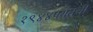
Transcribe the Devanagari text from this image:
१९४४पर्यंतची